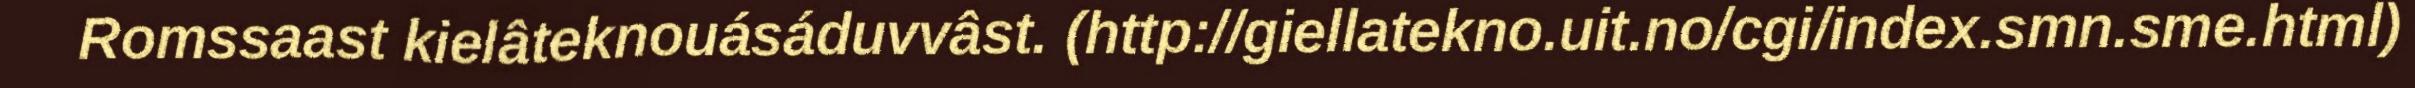
Romssaast kielâteknouásáduvvâst. (http://giellatekno.uit.no/cgi/index.smn.sme.html)